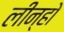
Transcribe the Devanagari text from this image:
लीन्हो